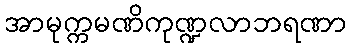
အာမုက္ကမဏိကုဏ္ဍလာဘရဏာ